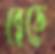
ব্লেডে